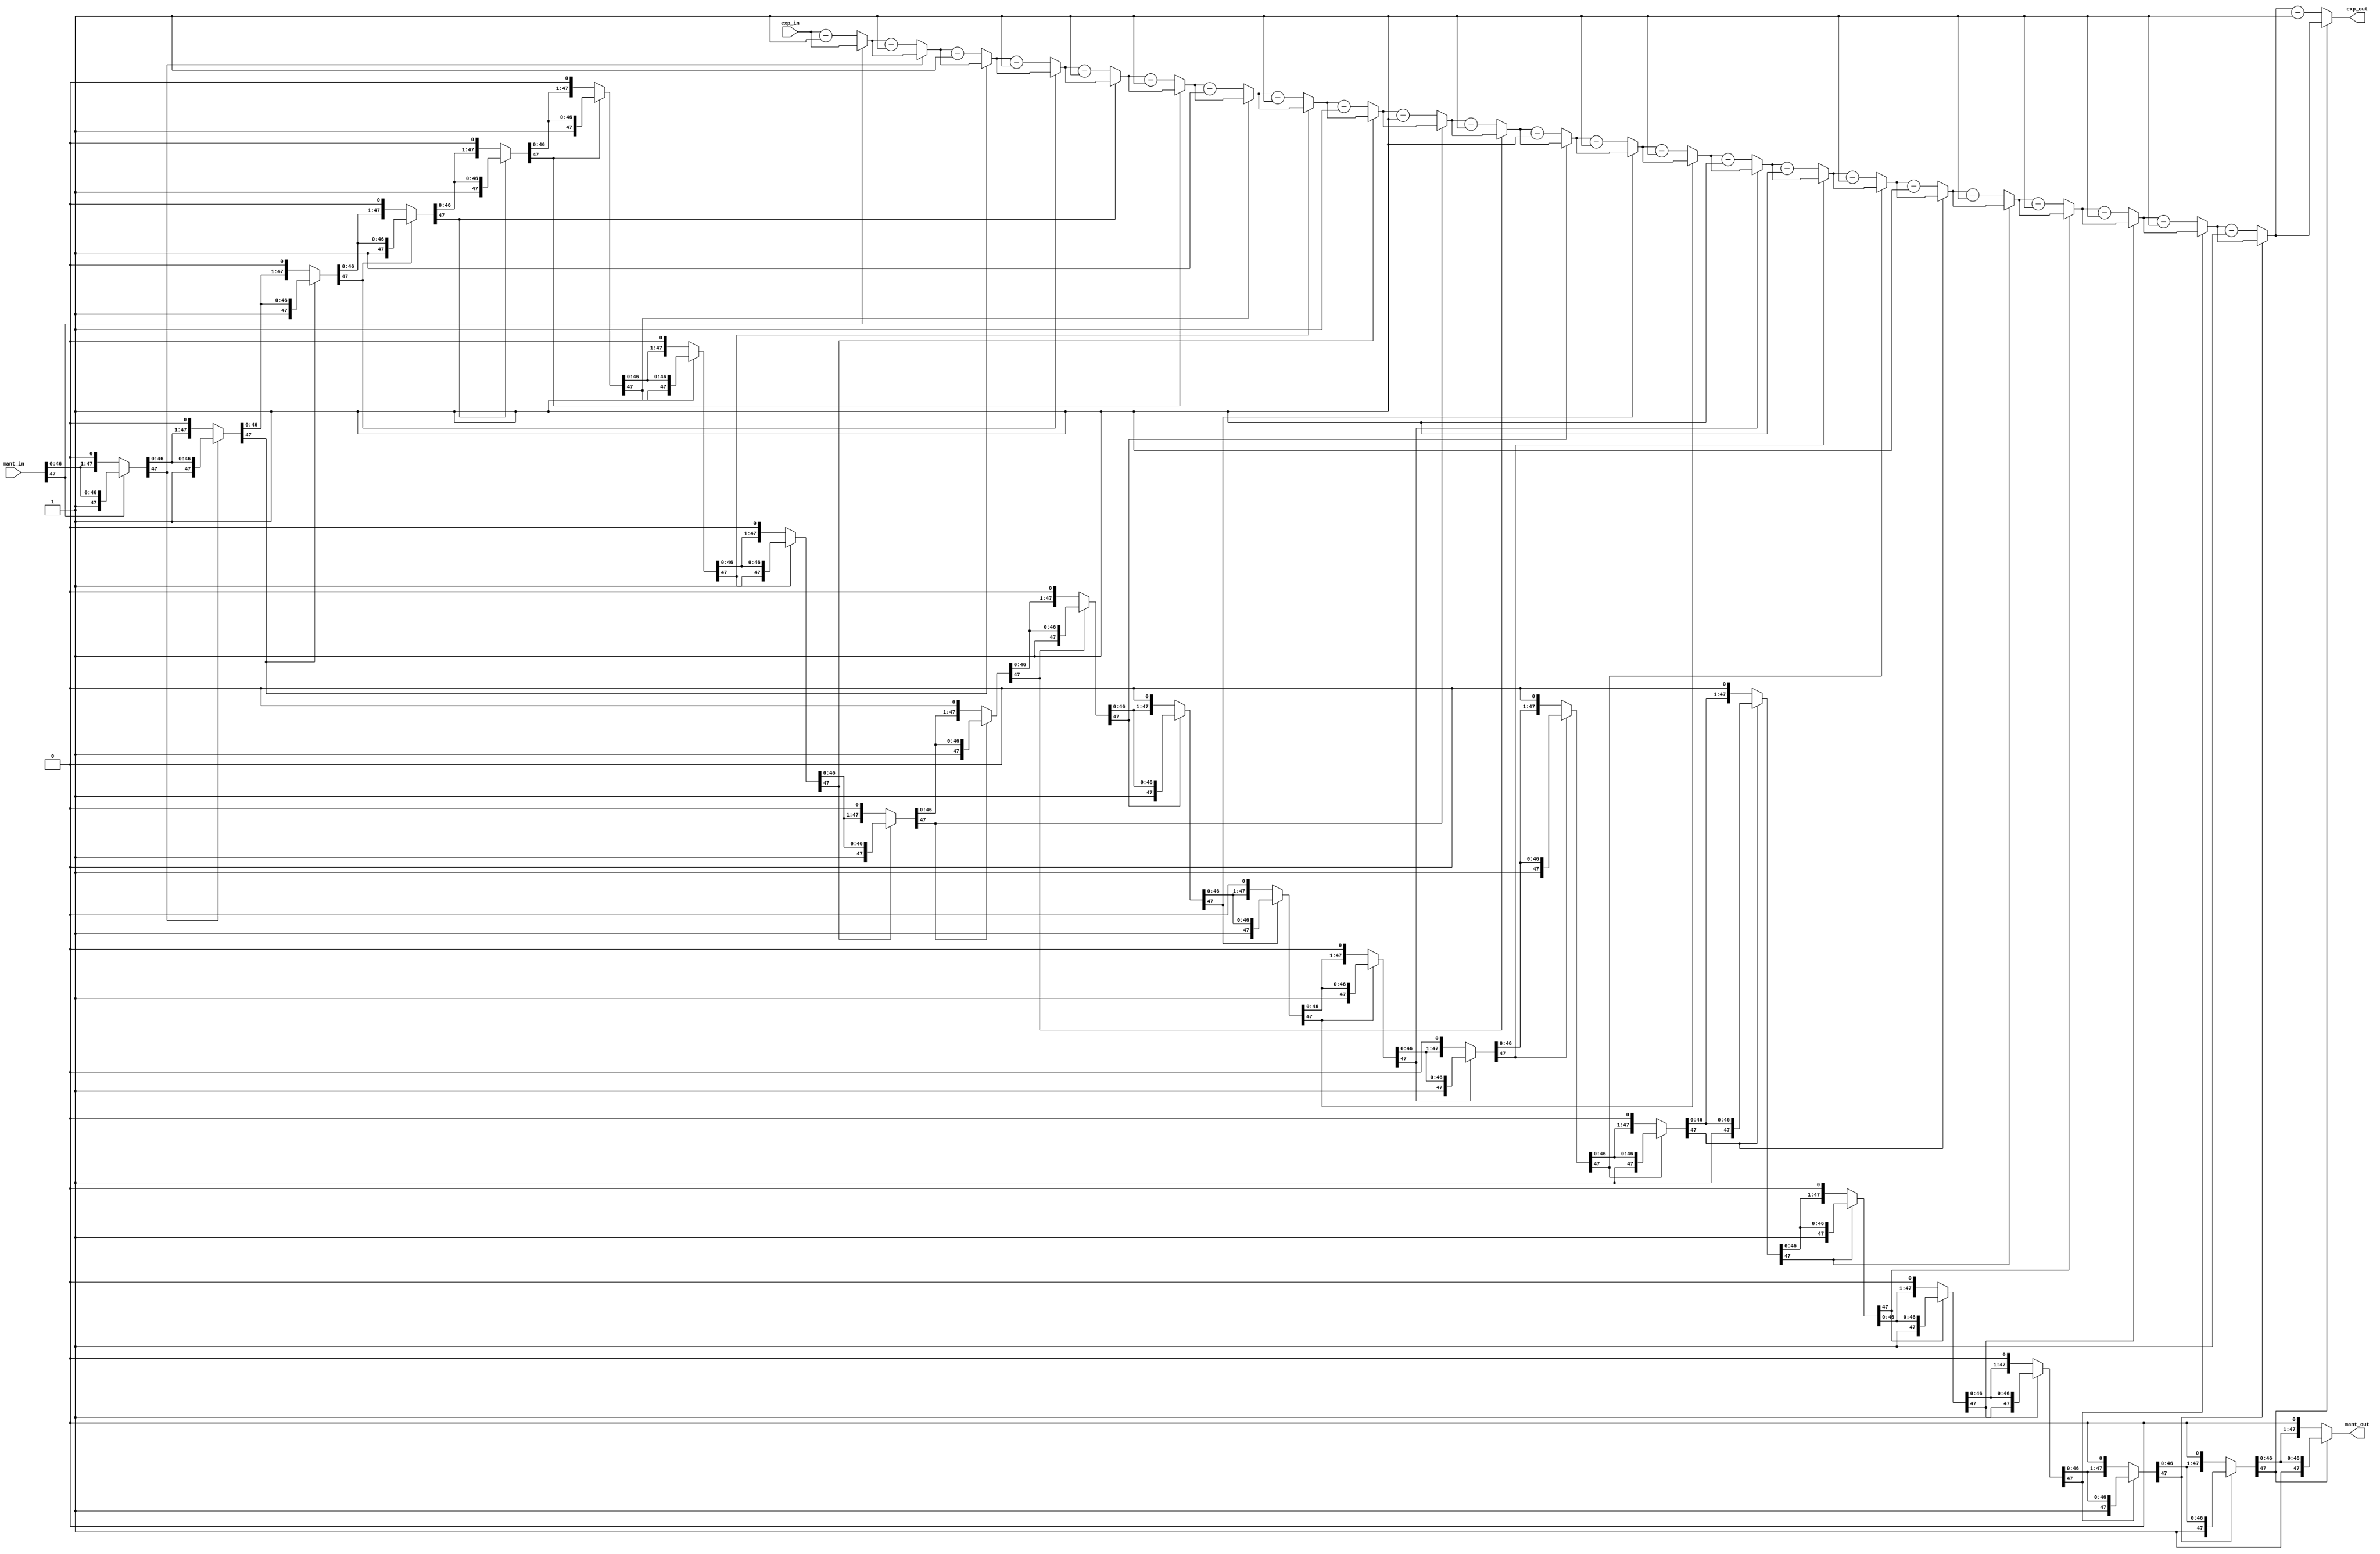
`timescale 1ns / 1ps


module normalizers(
    input      [7:0]  exp_in,
    input      [47:0] mant_in, 
    output reg [7:0]  exp_out,
    output reg [47:0] mant_out
);

    always @* begin
        exp_out  = exp_in;
        mant_out = mant_in;
        
        repeat(24) begin
            if (mant_out[47] == 0) begin
                exp_out = exp_out - 1;
                mant_out = mant_out << 1;
            end
        end
    end

endmodule